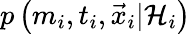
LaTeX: p\left(m_{i},t_{i},\vec{x}_{i}\vert{\cal H}_{i}\right)